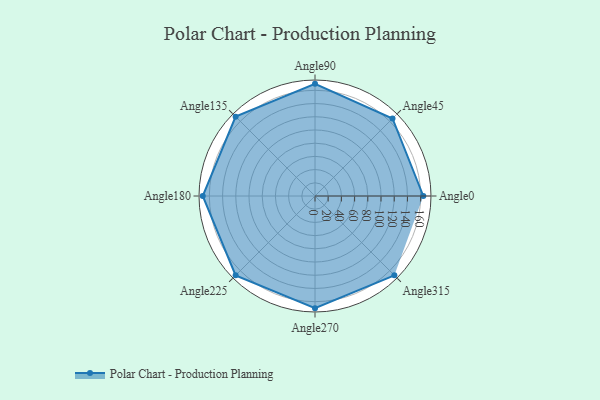
{"axis": {"x": "Angle", "y": "Radius"}, "legend": [""], "data": [{"x": "Angle0", "y": 164.0, "type": ""}, {"x": "Angle45", "y": 166.0, "type": ""}, {"x": "Angle90", "y": 170, "type": ""}, {"x": "Angle135", "y": 170, "type": ""}, {"x": "Angle180", "y": 170, "type": ""}, {"x": "Angle225", "y": 170, "type": ""}, {"x": "Angle270", "y": 170, "type": ""}, {"x": "Angle315", "y": 170, "type": ""}]}